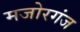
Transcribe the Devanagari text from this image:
मजोरगंज